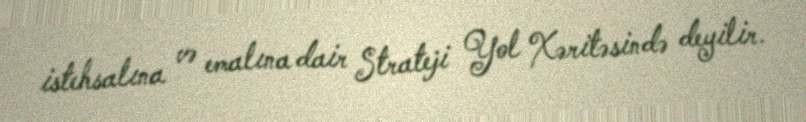
istehsalına və emalına dair Strateji Yol Xəritəsində deyilir.